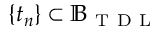
\{ t _ { n } \} \subset \mathbb { B } _ { \mathrm { ~ T ~ D ~ L ~ } }